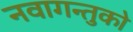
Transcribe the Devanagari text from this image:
नवागन्तुको